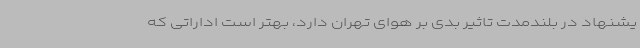
یشنهاد در بلندمدت تاثیر بدی بر هوای تهران دارد، بهتر است اداراتی که